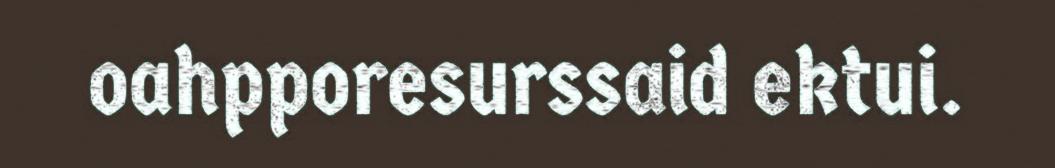
oahpporesurssaid ektui.